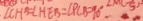
\angle C H B = \angle H E B = \angle P C B = 9 0 ^ { \circ } .